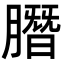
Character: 䐶